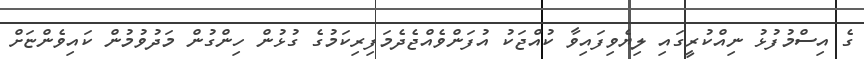
ގެ އިސްމުފުޅު ނިއްކުރީގައި ލިޔެވިފައިވާ ކުއްޖަކު އުފަންވެއްޖެދެމަފިރިކަމުގެ ގުޅުން ހިންގުން މަދުވުމުން ކައިވެންޏަށް